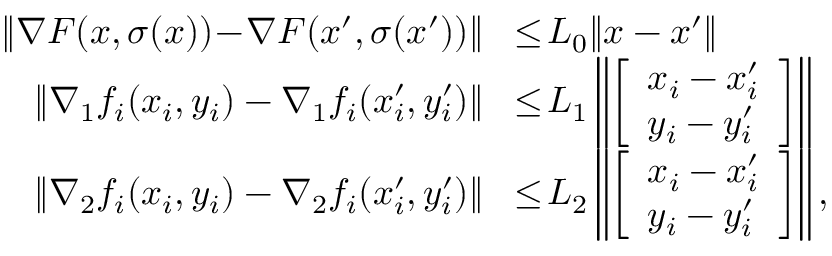
\begin{array} { r l } { \| \nabla F ( x , \sigma ( x ) ) \! - \! \nabla F ( x ^ { \prime } , \sigma ( x ^ { \prime } ) ) \| \! } & { \le \! L _ { 0 } \| x - x ^ { \prime } \| } \\ { \left\| \nabla _ { 1 } f _ { i } ( x _ { i } , y _ { i } ) - \nabla _ { 1 } f _ { i } ( x _ { i } ^ { \prime } , y _ { i } ^ { \prime } ) \right\| \! } & { \le \! L _ { 1 } \left\| \left[ \begin{array} { l } { x _ { i } - x _ { i } ^ { \prime } } \\ { y _ { i } - y _ { i } ^ { \prime } } \end{array} \right] \right\| } \\ { \| \nabla _ { 2 } f _ { i } ( x _ { i } , y _ { i } ) - \nabla _ { 2 } f _ { i } ( x _ { i } ^ { \prime } , y _ { i } ^ { \prime } ) \| \! } & { \le \! L _ { 2 } \left\| \left[ \begin{array} { l } { x _ { i } - x _ { i } ^ { \prime } } \\ { y _ { i } - y _ { i } ^ { \prime } } \end{array} \right] \right\| , } \end{array}